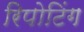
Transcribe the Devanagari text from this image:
रिपोटिंग